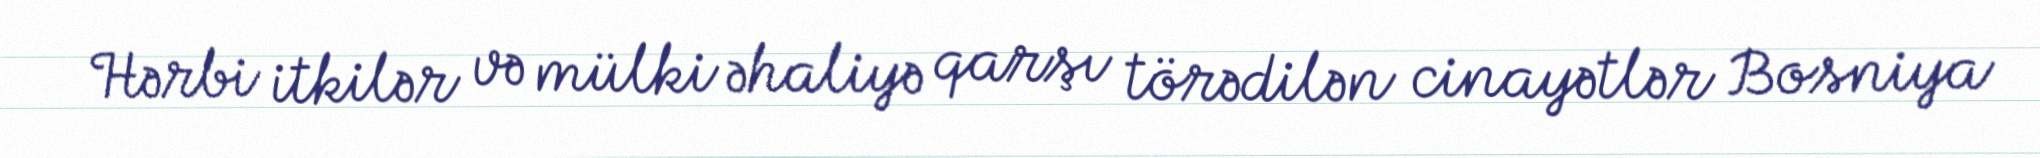
Hərbi itkilər və mülki əhaliyə qarşı törədilən cinayətlər Bosniya